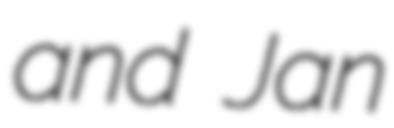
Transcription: and Jan